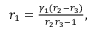
\begin{array} { r } { r _ { 1 } = \frac { \gamma _ { 1 } ( r _ { 2 } - r _ { 3 } ) } { r _ { 2 } r _ { 3 } - 1 } , } \end{array}